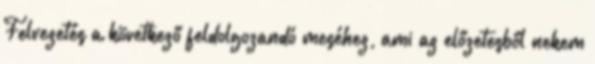
Felvezetés a következő feldolgozandó meséhez, ami az előzetesből nekem